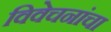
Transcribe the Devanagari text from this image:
विवेचनांचा